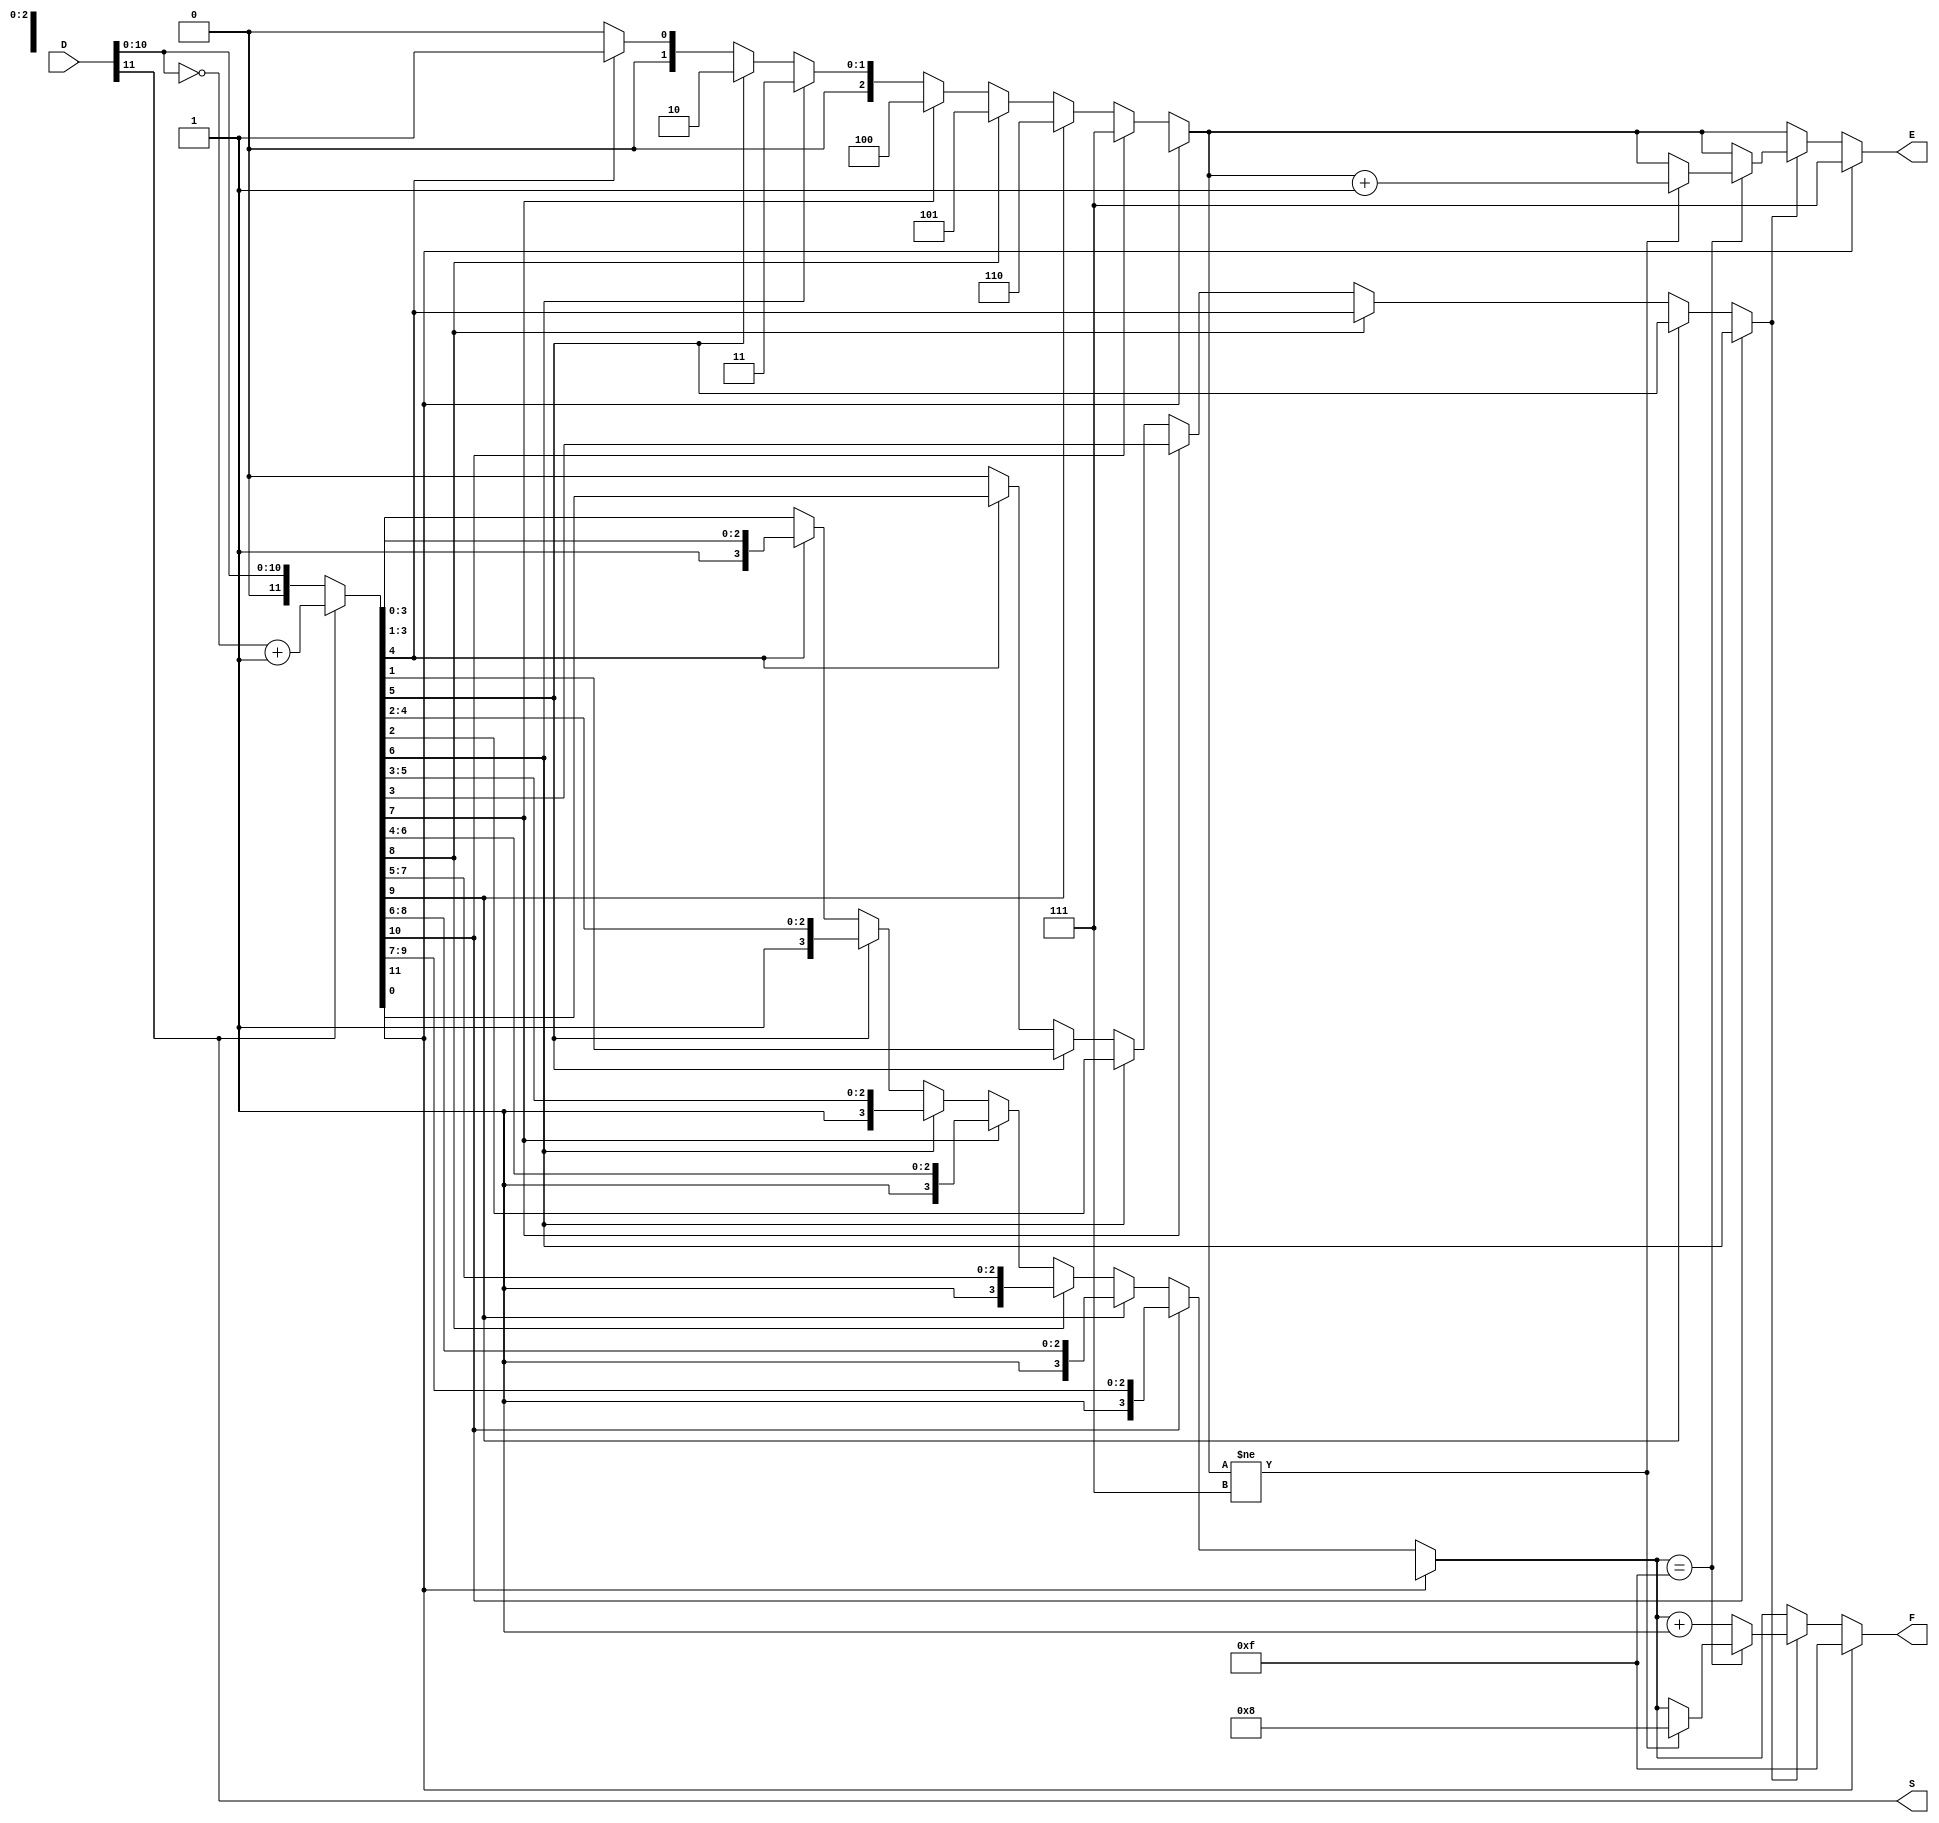
`timescale 1ns / 1ps
//////////////////////////////////////////////////////////////////////////////////
// Company: 
// Engineer: 
// 
// Design Name: 
// Module Name:    lab1 
// Project Name: 
// Target Devices: 
// Tool versions: 
// Description: 
//
// Dependencies: 
//
// Revision: 
// Revision 0.01 - File Created
// Additional Comments: 
//
//////////////////////////////////////////////////////////////////////////////////
module lab1(D, S, E, F);
	input wire[11:0] D;
	output reg S;
	output reg[2:0] E;
	output reg[3:0] F;

	reg[11:0] unsignedMag;
	reg fifthBit;
	
	always @(*) begin
	//get sign bit
		S = D[11];
		//convert to signed magnitude
		if (S == 0) begin
			unsignedMag = {1'b0, D[10:0]};
		end
		else begin
			unsignedMag = {1'b0, ~D[10:0]}+1;
			//$display(unsignedMag);
		end
		
		//count leading zeroes
		if (unsignedMag[11] == 0) begin
			if (unsignedMag[10] == 0)
				if (unsignedMag[9] == 0)
					if (unsignedMag[8] == 0)
						if (unsignedMag[7] == 0)
							if (unsignedMag[6] == 0)
								if (unsignedMag[5] == 0)
									if (unsignedMag[4] == 0) begin
										E = 0;
										F = unsignedMag[3:0];
										fifthBit = 0;
									end	
									else begin
										E = 1;
										F = unsignedMag[4:1];
										fifthBit = unsignedMag[0];
									end
								else begin
									E = 2;
									F = unsignedMag[5:2];
									fifthBit = unsignedMag[1];
								end
							else begin
								E = 3;
								F = unsignedMag[6:3];
								fifthBit = unsignedMag[2];
							end
						else begin
							E = 4;
							F = unsignedMag[7:4];
							fifthBit = unsignedMag[3];
						end
					else begin
						E = 5;
						F = unsignedMag[8:5];
						fifthBit = unsignedMag[4];
					end
				else begin
					E = 6;
					F = unsignedMag[9:6];
					fifthBit = unsignedMag[5];
				end
			else begin
				E = 7;
				F = unsignedMag[10:7];
				fifthBit = unsignedMag[6];
			end
			//rounding
			if (fifthBit == 1'b1) begin
				if (F == 4'b1111) begin
					if (E != 3'b111) begin
						F = 8;
						E=E+1;
					end
				end
				else
					F = F+1;
			end
		end
		else begin //return max
			E = 3'b111;
			F = 4'b1111;
		end
	
	
	//get significand
	//F = unsignedMag[12-E:8-E];
	
		
	//end of always block below
	end
endmodule